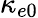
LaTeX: \kappa_{e0}